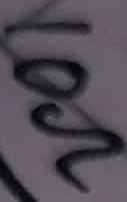
Text: 10Ω